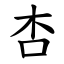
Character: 杏